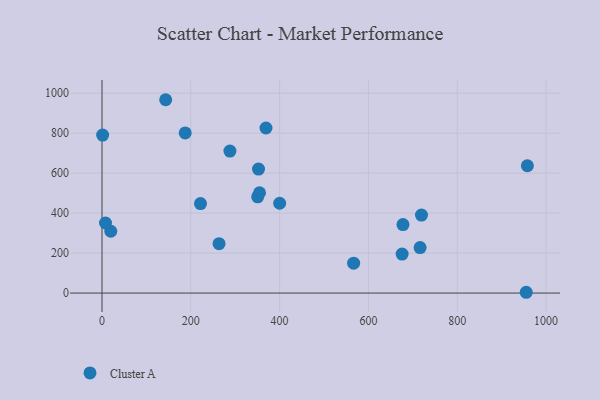
{"axis": {"x": "Price", "y": "Yield"}, "legend": ["Cluster A"], "data": [{"x": "958.0", "y": 637.1, "type": "Cluster A"}, {"x": "677.8", "y": 342.9, "type": "Cluster A"}, {"x": "566.7", "y": 149.8, "type": "Cluster A"}, {"x": "400.1", "y": 449.4, "type": "Cluster A"}, {"x": "675.9", "y": 194.9, "type": "Cluster A"}, {"x": "716.4", "y": 227.6, "type": "Cluster A"}, {"x": "1.4", "y": 790.4, "type": "Cluster A"}, {"x": "719.5", "y": 390.3, "type": "Cluster A"}, {"x": "221.8", "y": 447.8, "type": "Cluster A"}, {"x": "263.6", "y": 247.1, "type": "Cluster A"}, {"x": "350.6", "y": 481.8, "type": "Cluster A"}, {"x": "369.3", "y": 826.1, "type": "Cluster A"}, {"x": "143.4", "y": 967.5, "type": "Cluster A"}, {"x": "288.1", "y": 710.5, "type": "Cluster A"}, {"x": "19.8", "y": 309.4, "type": "Cluster A"}, {"x": "354.8", "y": 502.0, "type": "Cluster A"}, {"x": "352.5", "y": 620.5, "type": "Cluster A"}, {"x": "955.4", "y": 4.0, "type": "Cluster A"}, {"x": "7.9", "y": 350.6, "type": "Cluster A"}, {"x": "187.4", "y": 801.3, "type": "Cluster A"}]}